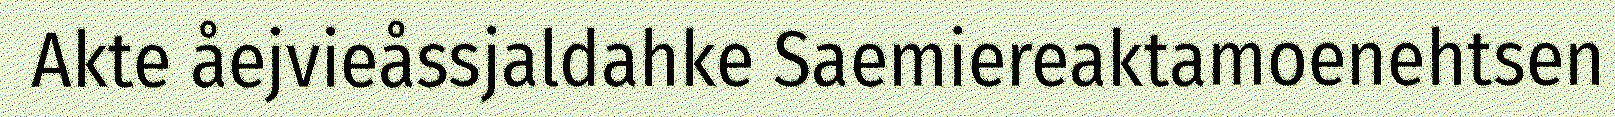
Akte åejvieåssjaldahke Saemiereaktamoenehtsen